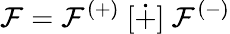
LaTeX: {\cal F}={\cal F}^{(+)}\ [\dot{+}]\ {\cal F}^{(-)}